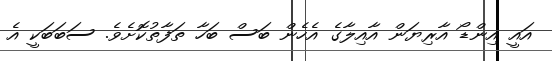
އައީ އިންޑޯ އާރިޔަން އާއިލާގެ އެހެން ބަސް ބަހާ ތަފާތުކޮށެވެ. ސަބަބަކީ އެ